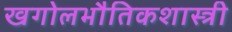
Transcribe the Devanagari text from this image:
खगोलभौतिकशास्त्री